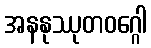
အနနုဿုတဝဂ္ဂေါ